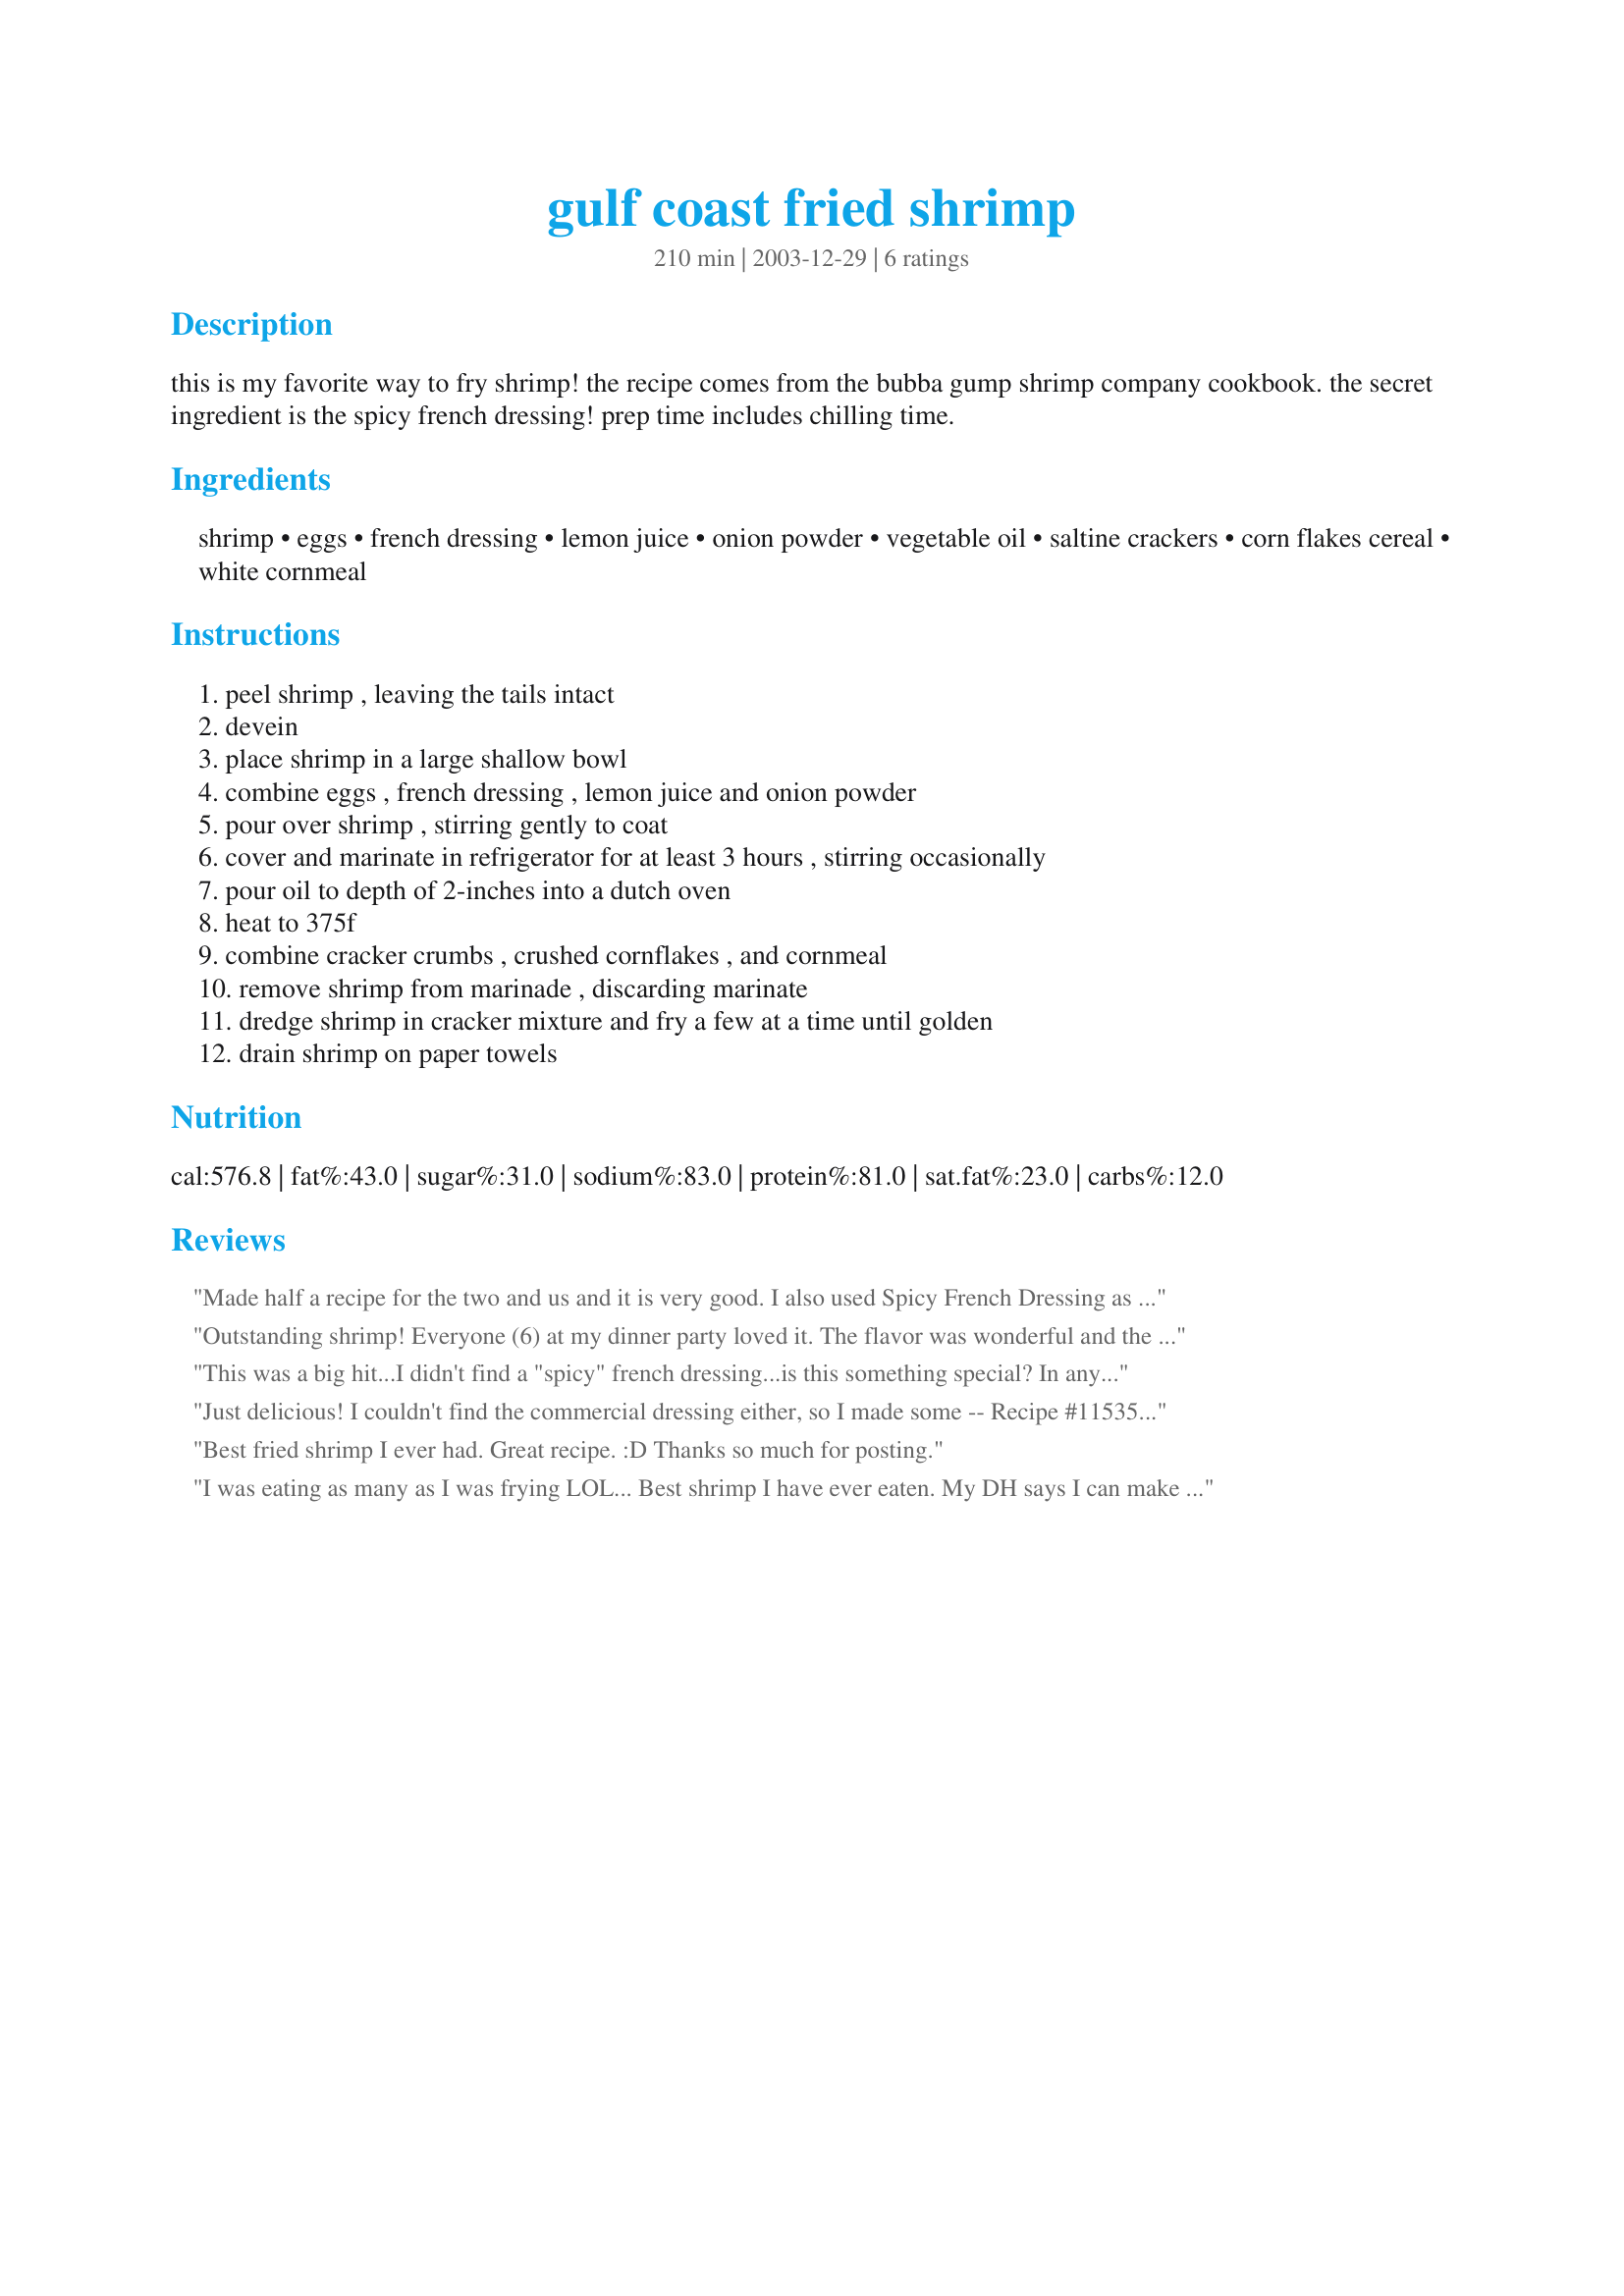
gulf coast fried shrimp
Preparation time: 210 minutes

this is my favorite way to fry shrimp! the recipe comes from the bubba gump shrimp company cookbook. the secret ingredient is the spicy french dressing! prep time includes chilling time.

Ingredients:
shrimp, eggs, french dressing, lemon juice, onion powder, vegetable oil, saltine crackers, corn flakes cereal, white cornmeal

Steps:
peel shrimp , leaving the tails intact, devein, place shrimp in a large shallow bowl, combine eggs , french dressing , lemon juice and onion powder, pour over shrimp , stirring gently to coat, cover and marinate in refrigerator for at least 3 hours , stirring occasionally, pour oil to depth of 2-inches into a dutch oven, heat to 375f, combine cracker crumbs , crushed cornflakes , and cornmeal, remove shrimp from marinade , discarding marinate, dredge shrimp in cracker mixture and fry a few at a time until golden, drain shrimp on paper towels

Reviews:
Made half a recipe for the two and us and it is very good. I also used Spicy French Dressing as highcotton suggested. Served with a salad and the dressing.
Outstanding shrimp! Everyone (6) at my dinner party loved it. The flavor was wonderful and the crust was so crispy. I usually butterfly fried shrimp, but followed your recipe exactly, and won't bother doing that anymore. I'm putting this in my favorite seafood cookbook, as I know it will be repeated often.
This was a big hit...I didn't find a "spicy" french dressing...is this something special?

In any case...I'll be making this again...my other half makes great fried shrimp...so I needed a really good recipe...and this was fantastic!
Just delicious! I couldn't find the commercial dressing either, so I made some -- Recipe #115356 -- and it worked great. And discovering the giant box of corn flakes in the cupboard was completely empty, I used a mixture of flour and cornmeal for the breading. But I added some panko for extra crunch, so I think the texture was probably pretty close to what the recipe calls for. Since we enjoy spicy food, we added some creole seasoning to the coating on the second batch and loved the results. Everyone agreed it was some of the best fried shrimp we'd ever tasted!
Best fried shrimp I ever had. Great recipe. :D Thanks so much for posting.
I was eating as many as I was frying LOL... Best shrimp I have ever eaten. My DH says I can make these once a week, but the budget says NO! Thanks for sharing Kim!
